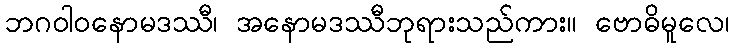
ဘဂဝါဝနောမဒဿီ၊ အနောမဒဿီဘုရားသည်ကား။ ဗောဓိမူလေ၊